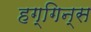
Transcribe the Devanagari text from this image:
हग्गिन्स